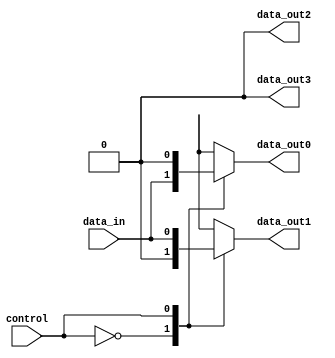
module demux_1to4 (
    input data_in,
    input control,
    output reg data_out0,
    output reg data_out1,
    output reg data_out2,
    output reg data_out3
);

always @(*) begin
    case (control)
        2'b00: begin
            data_out0 = data_in;
            data_out1 = 1'b0;
            data_out2 = 1'b0;
            data_out3 = 1'b0;
        end
        2'b01: begin
            data_out0 = 1'b0;
            data_out1 = data_in;
            data_out2 = 1'b0;
            data_out3 = 1'b0;
        end
        2'b10: begin
            data_out0 = 1'b0;
            data_out1 = 1'b0;
            data_out2 = data_in;
            data_out3 = 1'b0;
        end
        2'b11: begin
            data_out0 = 1'b0;
            data_out1 = 1'b0;
            data_out2 = 1'b0;
            data_out3 = data_in;
        end
    endcase
end

endmodule